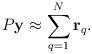
LaTeX: \begin{align*}P {\bf y} \approx \sum_{q=1}^N {\bf r}_q.\end{align*}